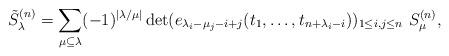
LaTeX: \begin{align*}\tilde{S}_{\lambda }^{(n)}=\sum_{\mu \subseteq \lambda }(-1)^{|\lambda /\mu|}\det (e_{\lambda _{i}-\mu _{j}-i+j}(t_{1},\ldots ,t_{n+\lambda_{i}-i}))_{1\leq i,j\leq n}~S_{\mu }^{(n)}, \end{align*}